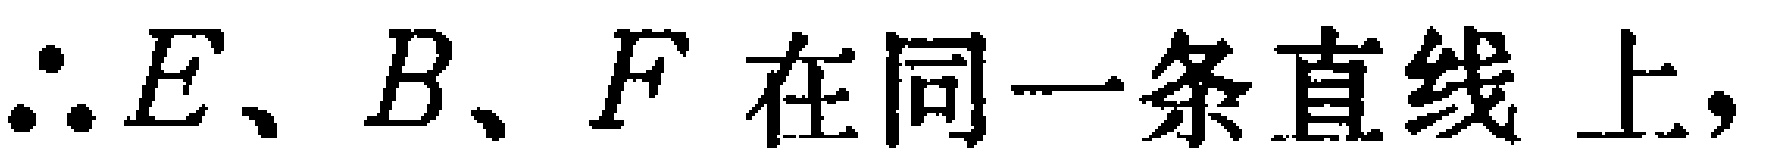
$\therefore E、B、F在同一条直线上,$